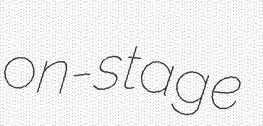
on-stage